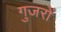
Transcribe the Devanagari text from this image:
गुजरों